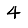
Digit: 4